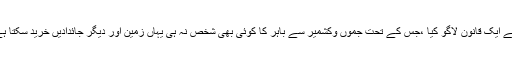
جموںوکشمیر میں 1927 میںیہاں کے مہاراجہ ہری سنگھ نے ایک قانون لاگو کیا ،جس کے تحت جموں وکشمیر سے باہر کا کوئی بھی شخص نہ ہی یہاں زمین اور دیگر جائدادیں خرید سکتا ہے اور نہ ہی کسی سرکاری محکمہ میں ملازمت کرسکتا ہے۔